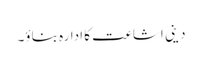
دینی اشاعت کا ادارہ بناؤ۔